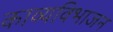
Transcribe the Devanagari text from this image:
काव्यविभाजन